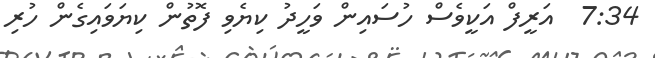
7:34  އަރީފް އަކީވެސް ހުސައިން ވަހީދު ކިޔެވި ފޮތުން ކިޔަވައިގެން ހުރި